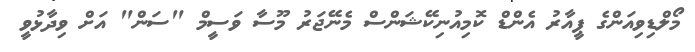
މޯލްޑިވިއަންގެ ޕީއާރު އެންޑް ކޮމިއުނިކޭޝަންސް މެނޭޖަރު މޫސާ ވަސީމް "ސަން" އަށް ވިދާޅުވީ